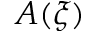
A ( \xi )